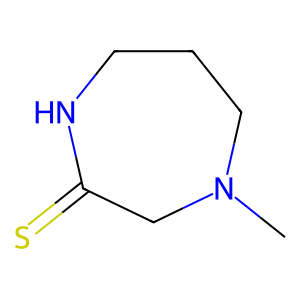
SMILES: CN1CCCNC(=S)C1
Inhibits HIV replication: No